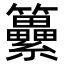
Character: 𥸕